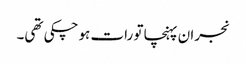
نجران پہنچا تو رات ہوچکی تھی۔